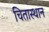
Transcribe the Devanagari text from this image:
चितास्थान